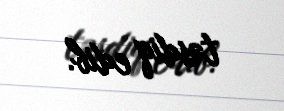
təsdiq edib.